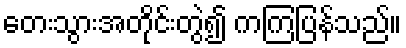
တေးသွားအတိုင်းတွဲ၍ ကကြပြန်သည်။